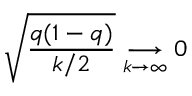
\sqrt { \frac { q ( 1 - q ) } { k / 2 } } \underset { k \to \infty } { \longrightarrow } 0